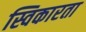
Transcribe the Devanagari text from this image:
स्विकारता